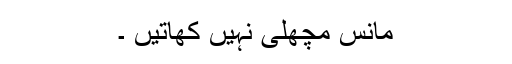
مانس مچھلی نہیں کھاتیں ۔